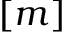
[ m ]